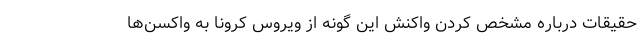
حقیقات درباره مشخص کردن واکنش این گونه از ویروس کرونا به واکسن‌ها